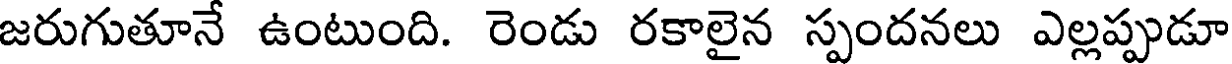
జరుగుతూనే ఉంటుంది. రెండు రకాలైన స్పందనలు ఎల్లప్పుడూ